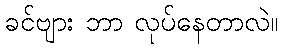
ခင်ဗျား ဘာ လုပ်နေတာလဲ။